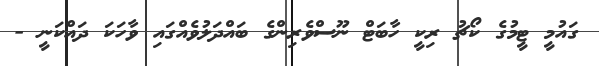
ގައުމީ ޓީމުގެ ކޯޗު ރިކީ ހާބަޓް ނޫސްވެރިންގެ ބައްދަލުވެއްގައި ވާހަކަ ދައްކަނީ -